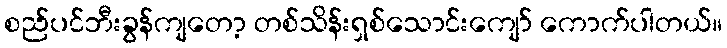
စည်ပင်ဘီးခွန်ကျတော့ တစ်သိန်းရှစ်သောင်းကျော် ကောက်ပါတယ်။